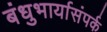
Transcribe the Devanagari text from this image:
बंधुभार्यासंपर्क